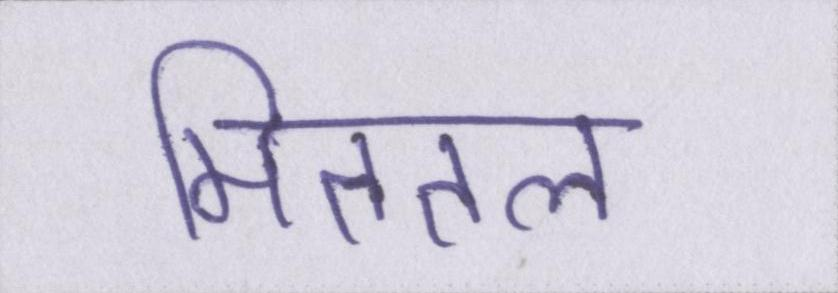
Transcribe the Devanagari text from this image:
मिततल